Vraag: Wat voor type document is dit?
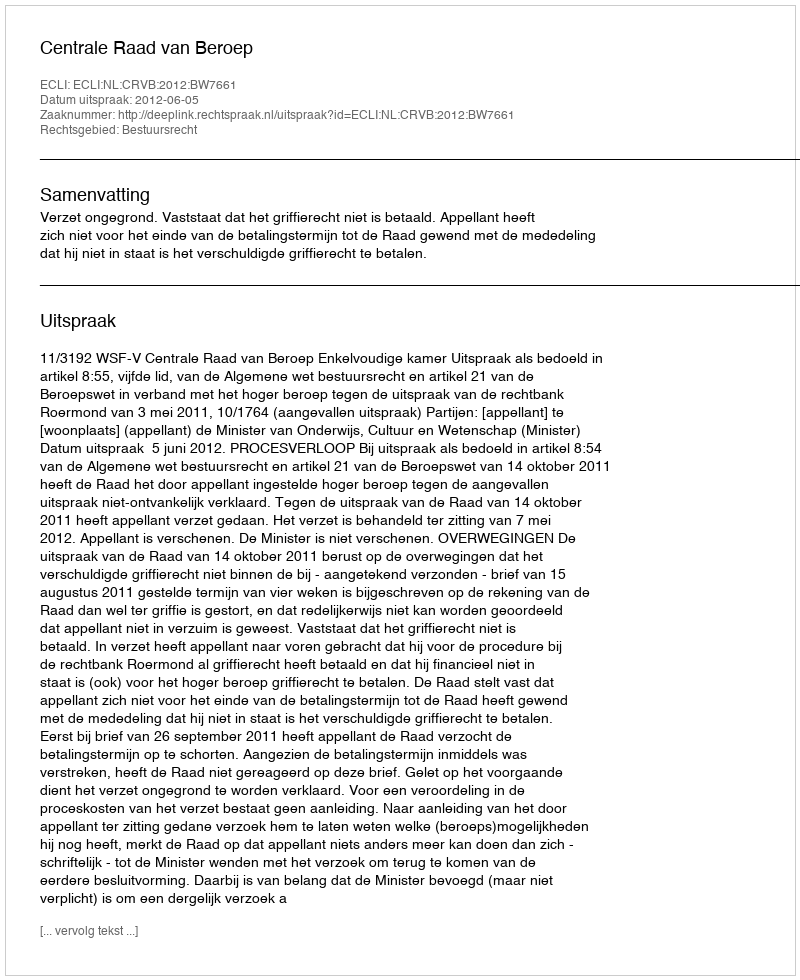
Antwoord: Uitspraak